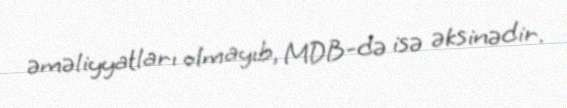
əməliyyatları olmayıb, MDB-də isə əksinədir.